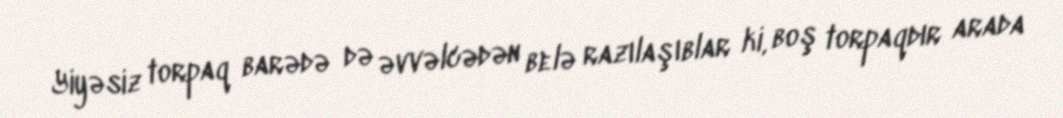
Yiyəsiz torpaq barədə də əvvəlcədən belə razılaşıblar ki, boş torpaqdır arada